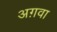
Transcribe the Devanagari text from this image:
अग़वा